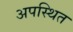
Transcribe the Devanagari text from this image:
अपस्थित